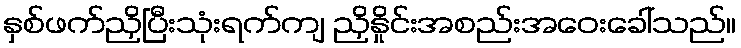
နှစ်ဖက်ညှိပြီးသုံးရက်ကျ ညှိနှိုင်းအစည်းအဝေးခေါ်သည်။